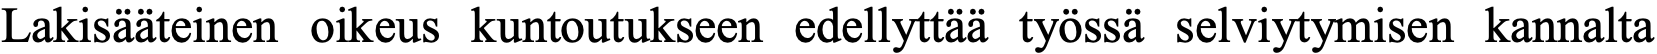
Lakisääteinen oikeus kuntoutukseen edellyttää työssä selviytymisen kannalta